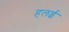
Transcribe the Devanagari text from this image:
हलई